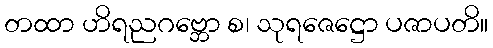
တထာ ဟိရညဂဗ္ဘော စ၊ သုရဇေဋ္ဌော ပဇာပတိ။